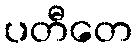
ပတီတေ